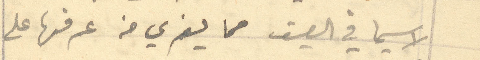
لاسيما في الصيف مما يغري من عرفها على